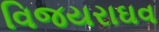
વિજયરાઘવ